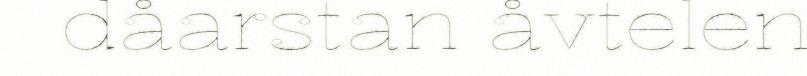
dåarstan åvtelen